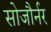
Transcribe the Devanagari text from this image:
सोजौर्नर